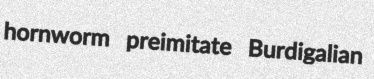
hornworm preimitate Burdigalian